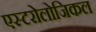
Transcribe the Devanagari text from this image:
एस्टरोलोजिकल